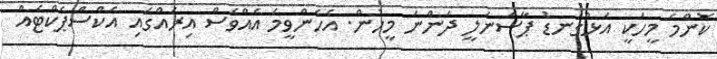
ކޮންމެ މީހަކީ އަޅުގަނޑު ޕާސަނަލީ ދަންނަ މީހުން. އެހެންވީމަ އެއްވެސް އިރެއްގައި އެކްސްޕެކްޓެއް